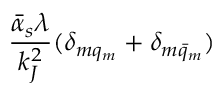
{ \frac { \bar { \alpha } _ { s } \lambda } { k _ { J } ^ { 2 } } } ( \delta _ { m q _ { m } } + \delta _ { m \bar { q } _ { m } } )